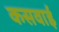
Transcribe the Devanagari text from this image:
कसवाई